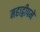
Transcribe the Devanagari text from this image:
महाद्वीपमें